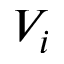
V _ { i }